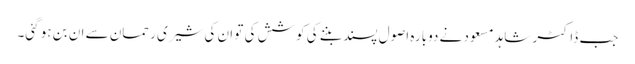
جب ڈاکٹر شاہد مسعود نے دوبارہ اصول پسند بننے کی کوشش کی تو ان کی شیری رحمان سے ان بن ہو گئی۔